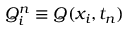
Q _ { i } ^ { n } \equiv Q ( x _ { i } , t _ { n } )